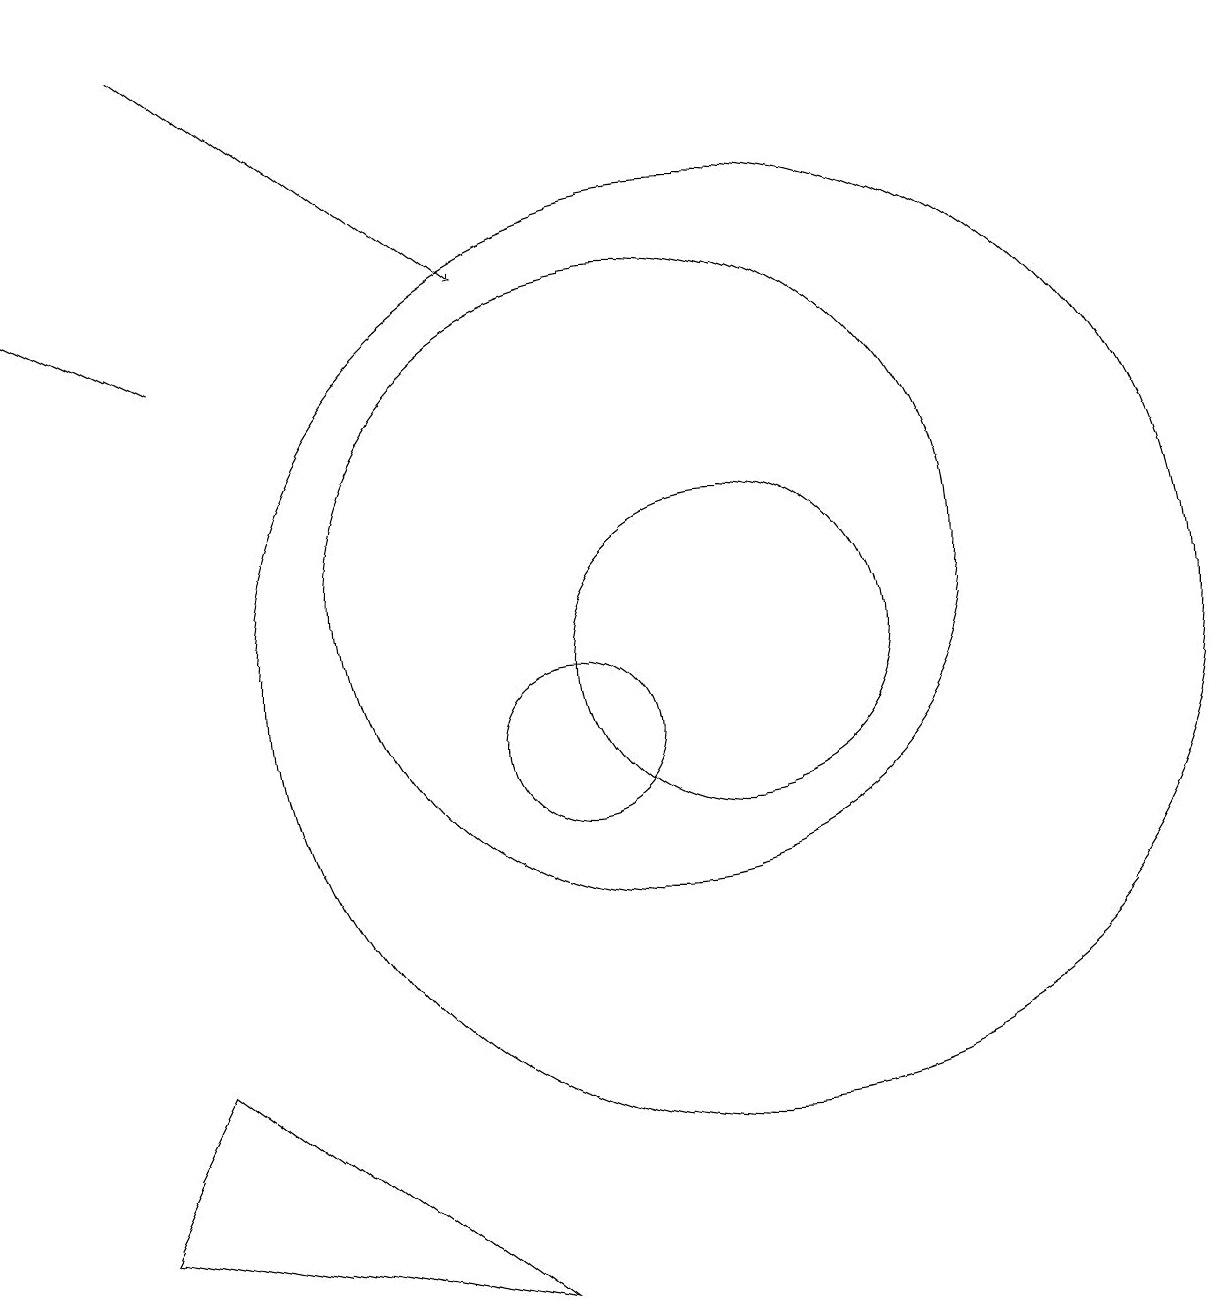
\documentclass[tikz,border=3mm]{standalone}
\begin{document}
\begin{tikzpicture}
\draw (9,3) -- (4,4) -- (5,6) -- cycle;
\draw (12,11) circle (2);
\draw (10,10) circle (1);
\draw (11,12) circle (4);
\draw[->] (5,19) -- (9,16);
\draw (12,11) circle (6);
\draw[->] (5,15) -- (3,16);
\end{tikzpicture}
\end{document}